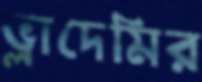
ভ্লাদেমির